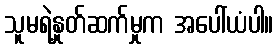
သူမရဲ့နှုတ်ဆက်မှုက အပေါ်ယံပါ။